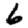
Digit: 6